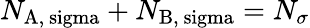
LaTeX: N_{\mathrm{A,\ sigma}}+N_{\mathrm{B,\ sigma}}=N_{\sigma}